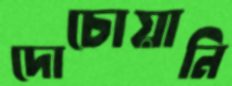
দোচোয়ানি